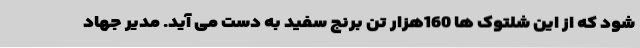
شود که از این شلتوک ها 160هزار تن برنج سفید به دست می آید. مدیر جهاد